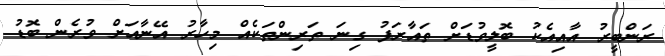
ރަންބީރު އާއިއެކު ބޮލީވުޑަށް ތައާރަފު ގިނަ ތަރިންތަކެއް މިހާރު އޭނާއަށް ވުރެން ބޮޑު